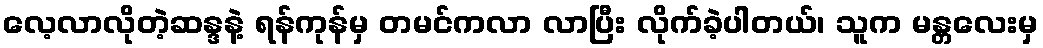
လေ့လာလိုတဲ့ဆန္ဒနဲ့ ရန်ကုန်မှ တမင်ကလာ လာပြီး လိုက်ခဲ့ပါတယ်၊ သူက မန္တလေးမှ